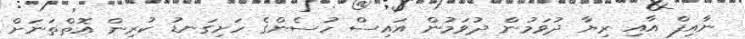
ނާއިފް އާއި ރިޔާ ދުވަމުން ދުވަމުން އައިސް ހުސެންގެ ހަށިގަނޑު ކުރިން އޮތްތަނަށް